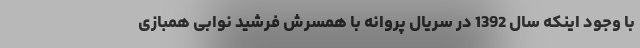
با وجود اینکه سال 1392 در سریال پروانه با همسرش فرشید نوابی همبازی